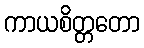
ကာယစိတ္တတော